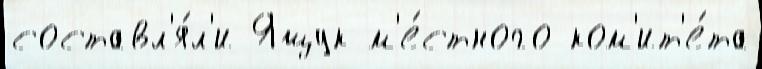
составл'я́л'и Ящук м'е́стного ком'ит'е́та